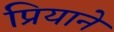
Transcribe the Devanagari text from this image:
प्रियाने